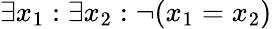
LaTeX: \exists x_{1}:\exists x_{2}:\lnot(x_{1}=x_{2})